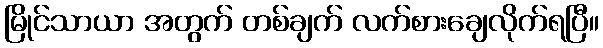
မြိုင်သာယာ အတွက် တစ်ချက် လက်စားချေလိုက်ရပြီ။